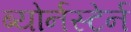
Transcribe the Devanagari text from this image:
ब्योर्नस्टेर्न